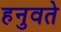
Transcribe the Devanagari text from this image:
हनुवते